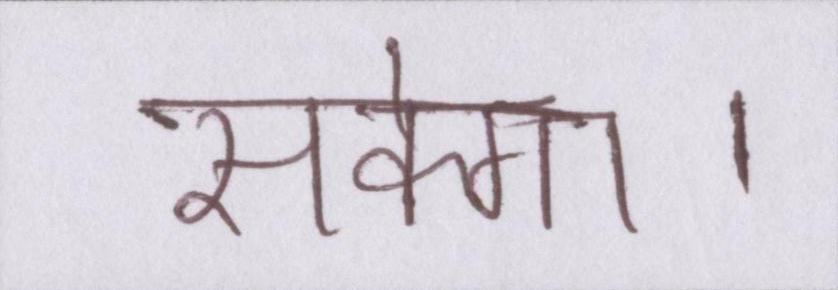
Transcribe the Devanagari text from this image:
सकेगा।